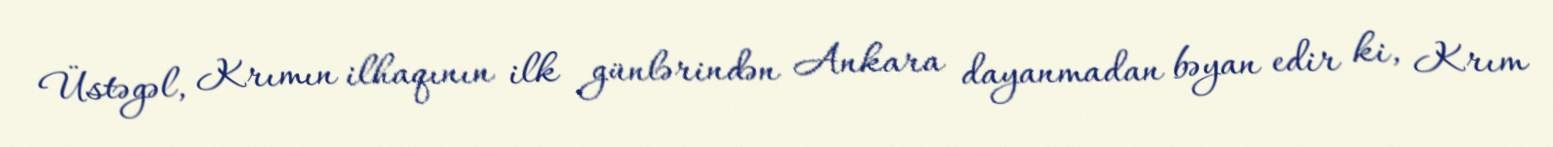
Üstəgəl, Krımın ilhaqının ilk günlərindən Ankara dayanmadan bəyan edir ki, Krım